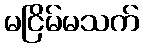
မငြိမ်မသက်